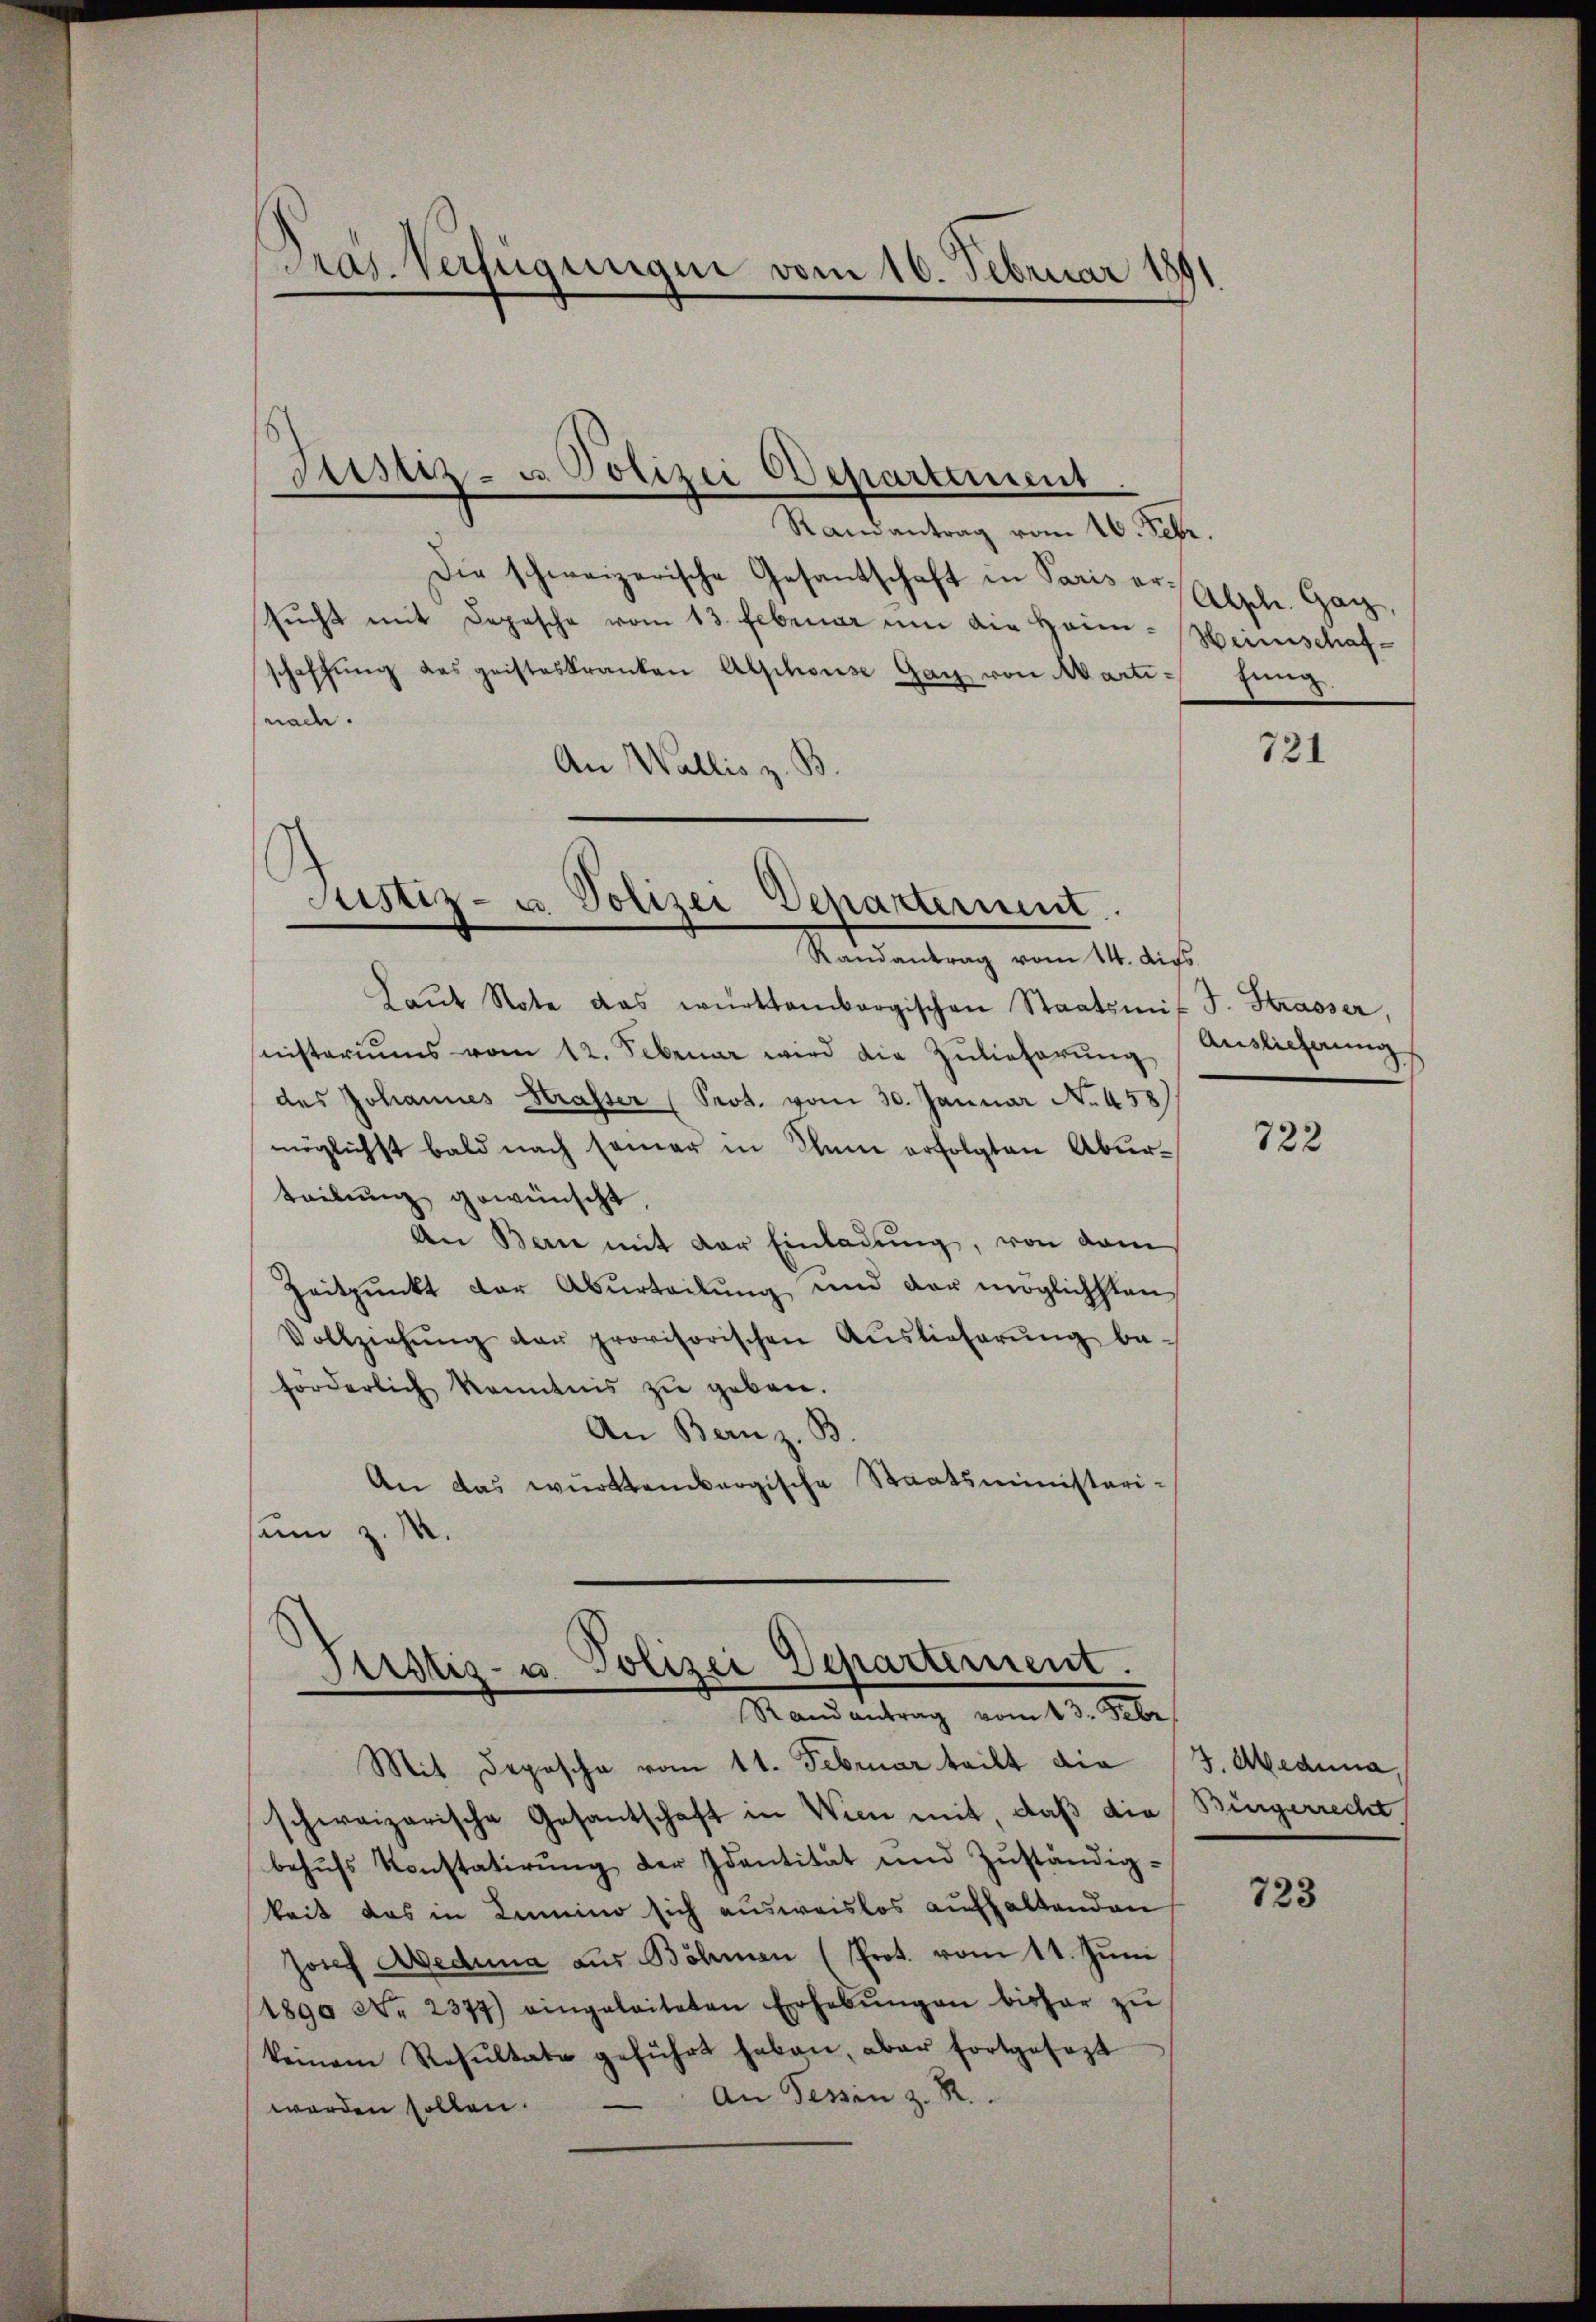
Pras. Verfügungen vom 16. Februar 180

Randantrag vom 16. Febr.
Die schweizerische Gesantschaft in Paris er Alpele Gag
sŭcht mit Depesche vom 13. Februar um die Heimschaffung das geisteskranken Alphons Ganz von Aartinade.
An Wallis z. B

Justiz- u. Polizei Departement.

Justiz- u. Polizei Departerint.

Randantrag vom 14. dies
Laŭt Note das württembergischen Staatsmit J. Strasser,
nisteriums vom 12. Februar wird die Zŭlieferŭng
des Johannes Strasser (Prot. vom 30. Januar No. 458)
möglichst bald nach seiner in Klam erfolgten Aburteilung gewünscht,
An Bern mit der Einladung, von dem
Zeitpunkt der Aburteilung und der möglichsten,
Vollziehŭng der provisorischen Aŭslieferŭng be-
förderlich kanntnis zŭ geben.
An Bern z. B
An das württembergische Staatsministeri-
sann z. M.

Justiz- u. Polizei Departement.
Randantrag vom 13. Febr

Mit Deposche vom 11. Februar teilt die 3. Manna,
schweizerische Gesantschaft in Wien mit, daß die Bürgerrecht
behŭfs Konstatirŭng der Identität und Zŭständig-
keit das in Kamino sich ausweislos aufhaltenden
Josef Aeduma aus Böhmen (Prot. vom 11. Jŭni
1890 Nr. 2377) eingeleiteten Erhebŭngen bisher zŭ
keinem Resŭltate geführt haben, aber fortgesezt
An Tessin z. R.
worden sollen.

Heimschaffung

721

Auslieferung

722

723